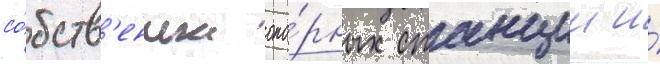
со́бств'енных опо́рных станции и́